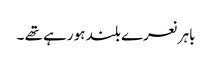
باہر نعرے بلند ہو رہے تھے ۔